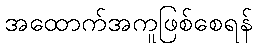
အထောက်အကူဖြစ်စေရန်